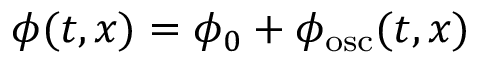
{ \phi } ( t , x ) = \phi _ { 0 } + { \phi } _ { \mathrm { { o s c } } } ( t , x )